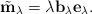
LaTeX: \begin{align*}\tilde{\mathbf{m}}_\lambda=\lambda \mathbf{b}_\lambda \mathbf{e}_\lambda.\end{align*}